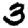
Digit: 3